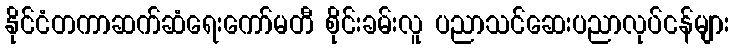
နိုင်ငံတကာဆက်ဆံရေးကော်မတီ စိုင်းခမ်းလူ ပညာသင်ဆေးပညာလုပ်ငန်များ